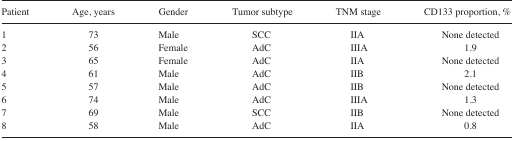
<table><thead><tr><td><b>Patient</b></td><td><b>Age, years</b></td><td><b>Gender</b></td><td><b>Tumor subtype</b></td><td><b>TNM stage</b></td><td><b>CD133 proportion, %</b></td></tr></thead><tbody><tr><td>1</td><td>73</td><td>Male</td><td>SCC</td><td>IIA</td><td>None detected</td></tr><tr><td>2</td><td>56</td><td>Female</td><td>AdC</td><td>IIIA</td><td>1.9</td></tr><tr><td>3</td><td>65</td><td>Female</td><td>AdC</td><td>IIA</td><td>None detected</td></tr><tr><td>4</td><td>61</td><td>Male</td><td>AdC</td><td>IIB</td><td>2.1</td></tr><tr><td>5</td><td>57</td><td>Male</td><td>AdC</td><td>IIB</td><td>None detected</td></tr><tr><td>6</td><td>74</td><td>Male</td><td>AdC</td><td>IIIA</td><td>1.3</td></tr><tr><td>7</td><td>69</td><td>Male</td><td>SCC</td><td>IIB</td><td>None detected</td></tr><tr><td>8</td><td>58</td><td>Male</td><td>AdC</td><td>IIA</td><td>0.8</td></tr></tbody></table>